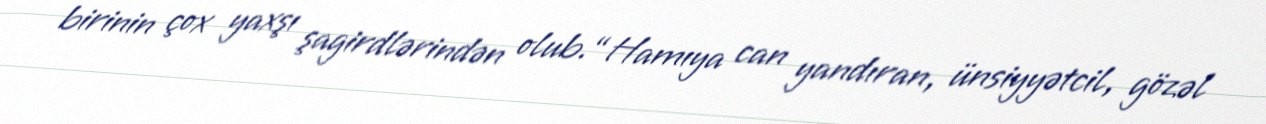
birinin çox yaxşı şagirdlərindən olub.“Hamıya can yandıran, ünsiyyətcil, gözəl